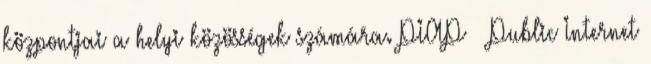
központjai a helyi közösségek számára. PIAP – Public Internet